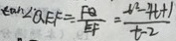
\tan \angle Q E F = \frac { F Q } { E F } = = \frac { t ^ { 2 } - 4 t + 1 } { t - 2 }